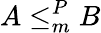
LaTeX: A\leq_{m}^{P}B